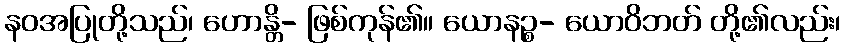
နဝအပြုတို့သည်၊ ဟောန္တိ- ဖြစ်ကုန်၏။ ယောနဉ္စ- ယောဝိဘတ် တို့၏လည်း၊